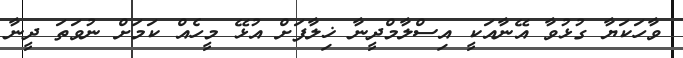
ވާހަކަޔާ ގުޅުވާ އޭނާއަކީ އިސްލާމްދީނާ ޚިލާފަށް އުޅޭ މީހެއް ކަމަށް ނުވަތަ ދީނާ